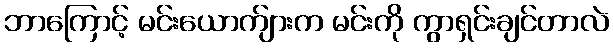
ဘာကြောင့် မင်းယောက်ျားက မင်းကို ကွာရှင်းချင်တာလဲ